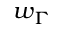
w _ { \Gamma }